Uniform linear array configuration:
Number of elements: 48
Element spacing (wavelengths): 0.75
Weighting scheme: hamming
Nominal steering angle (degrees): -30
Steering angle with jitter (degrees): -30.711
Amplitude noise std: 0.05
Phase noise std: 0.05

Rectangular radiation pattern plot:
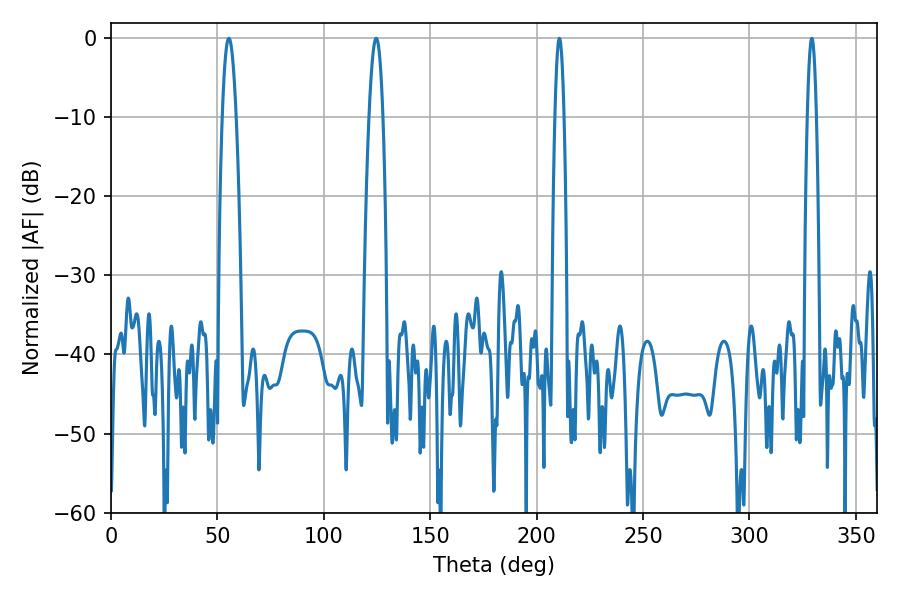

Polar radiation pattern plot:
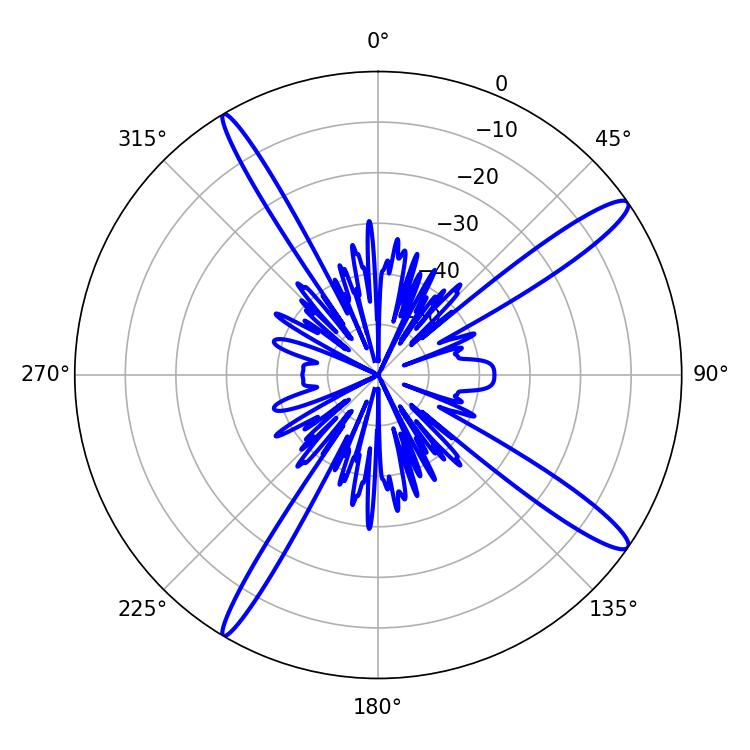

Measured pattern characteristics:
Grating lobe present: TRUE
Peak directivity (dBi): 14.786
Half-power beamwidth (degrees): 3.6
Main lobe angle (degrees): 124.56